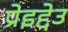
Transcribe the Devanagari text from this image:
प्रेइद्देउ